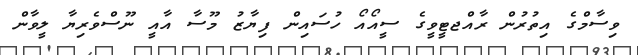
ވިސާމްގެ އިތުރުން ރާއްޖޓީވީގެ ސީއޯއޯ ހުސައިން ފިޔާޒު މޫސާ އާއީ ނޫސްވެރިޔާ ލީވާން